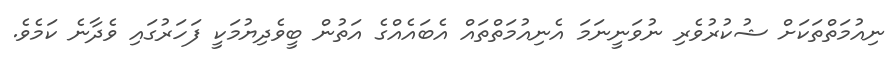
ނިއުމަތްތަކަށް ޝުކުރުވެރި ނުވަނީނަމަ އެނިއުމަތްތައް އެބައެއްގެ އަތުން ބީވެދިޔުމަކީ ފަހަރުގައި ވެދާނެ ކަމެވެ.